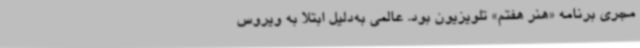
مجری برنامه «هنر هفتم» تلویزیون بود. عالمی به‌دلیل ابتلا به ویروس